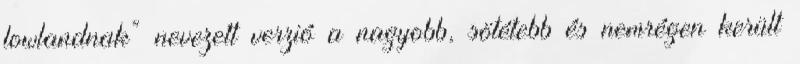
lowlandnak” nevezett verzió a nagyobb, sötétebb és nemrégen került